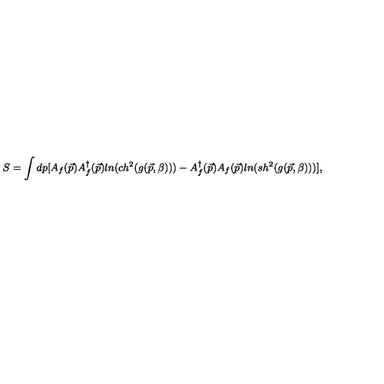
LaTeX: S = \int d p [ A _ { f } ( \vec { p } ) A _ { f } ^ { \dagger } ( \vec { p } ) l n ( c h ^ { 2 } ( g ( \vec { p } , \beta ) ) ) - A _ { f } ^ { \dagger } ( \vec { p } ) A _ { f } ( \vec { p } ) l n ( s h ^ { 2 } ( g ( \vec { p } , \beta ) ) ) ] ,